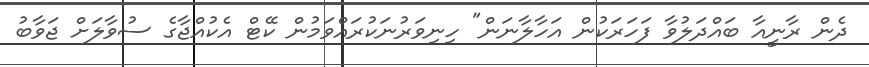
ދެން ރާނީއާ ބައްދަލުވާ ފަހަރަކުން އަހާލާނަން" ހިނިވަރުނަކުރައްވަމުން ކޭޓް އެކުއްޖާގެ ސުވާލަށް ޖަވާބު